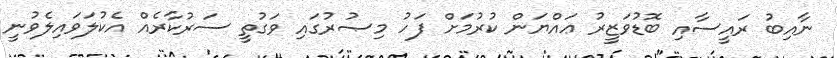
ނާއިބު ރައީސާއި ބޮޑުވަޒީރު ޢައްޔަން ކުރުމަށް ފަހު މިޞުރުގައި ވަގުތީ ސަރުކާރެއް އެކުލަވައިލެވުނީ